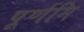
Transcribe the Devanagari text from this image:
पूर्णमि